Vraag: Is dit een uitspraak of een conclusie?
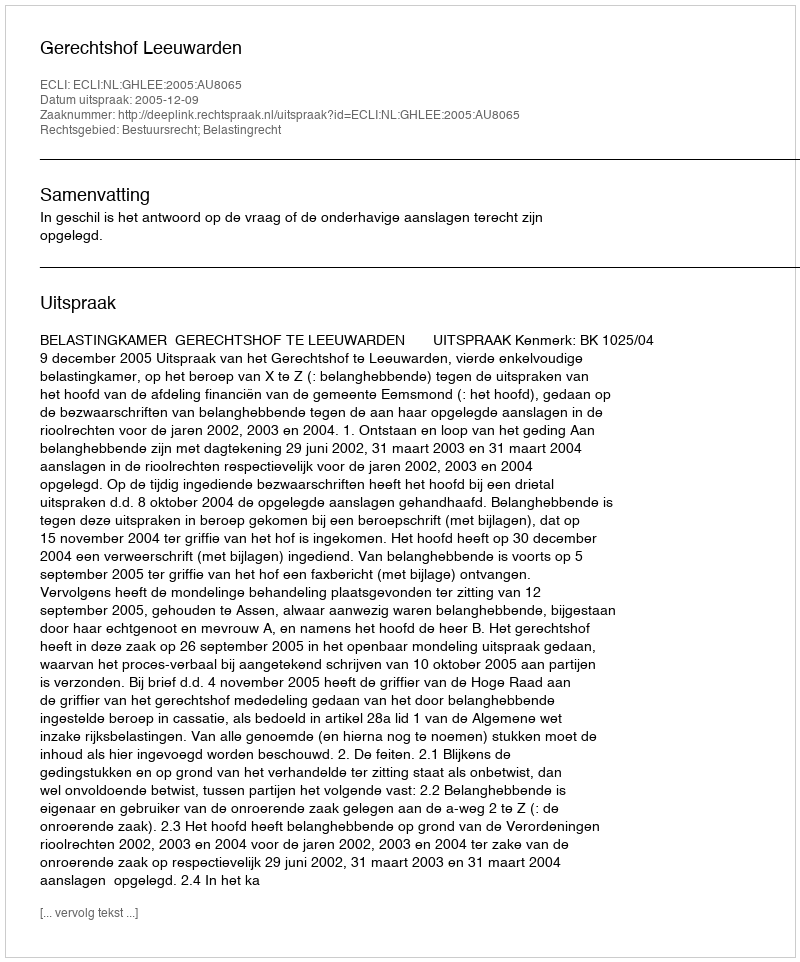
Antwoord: Uitspraak